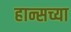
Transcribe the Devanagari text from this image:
हान्सच्या